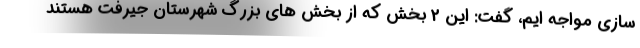
سازی مواجه ایم، گفت: این 2 بخش که از بخش های بزرگ شهرستان جیرفت هستند